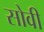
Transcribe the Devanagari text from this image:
सोवी